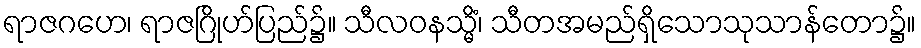
ရာဇဂဟေ၊ ရာဇဂြိုဟ်ပြည်၌။ သီလဝနသ္မိံ၊ သီတအမည်ရှိသောသုသာန်တော၌။